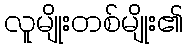
လူမျိုးတစ်မျိုး၏